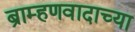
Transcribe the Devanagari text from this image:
ब्राम्हणवादाच्या